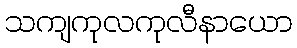
သကျကုလကုလီနာယော